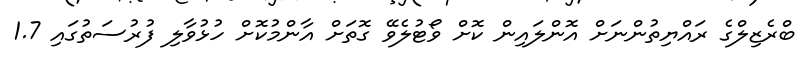
ބްރެޒިލްގެ ރައްޔިތުންނަށް އޮންލައިން ކޮށް ވޯޓުލެވޭ ގޮތަށް އާންމުކޮށް ހުޅުވާލި ފުރުސަތުގައި 1.7